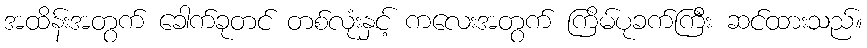
အထိန်းအတွက် ခေါက်ခုတင် တစ်လုံးနှင့် ကလေးအတွက် ကြိမ်ပုခက်ကြီး ဆင်ထားသည်။